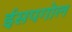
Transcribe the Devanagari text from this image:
ईसपगोल